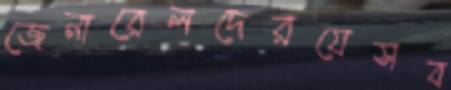
জেনারেলদেরযেসব